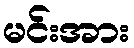
မင်းအား